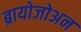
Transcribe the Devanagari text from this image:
ब्रायोजोअन